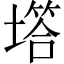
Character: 㙮